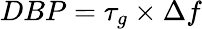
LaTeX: DBP=\tau_{g}\times\Delta f